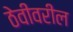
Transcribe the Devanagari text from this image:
ठेवीवरील